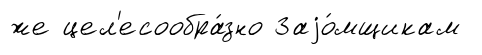
же цел'есообра́зно Заjо́мщикам